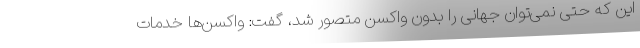
این که حتی نمی‌توان جهانی را بدون واکسن متصور شد، گفت: واکسن‌ها خدمات